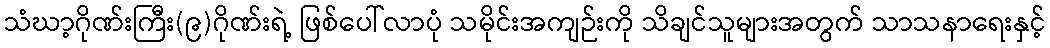
သံဃာ့ဂိုဏ်းကြီး(၉)ဂိုဏ်းရဲ့ ဖြစ်ပေါ်လာပုံ သမိုင်းအကျဉ်းကို သိချင်သူများအတွက် သာသနာရေးနှင့်